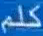
كلم